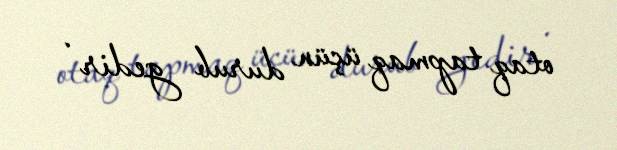
otaq tapmaq üçün durub gedir .